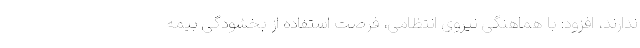
ندارند، افزود: با هماهنگی نیروی انتظامی، فرصت استفاده از بخشودگی بیمه